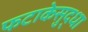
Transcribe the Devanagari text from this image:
फटाकेसुद्धा